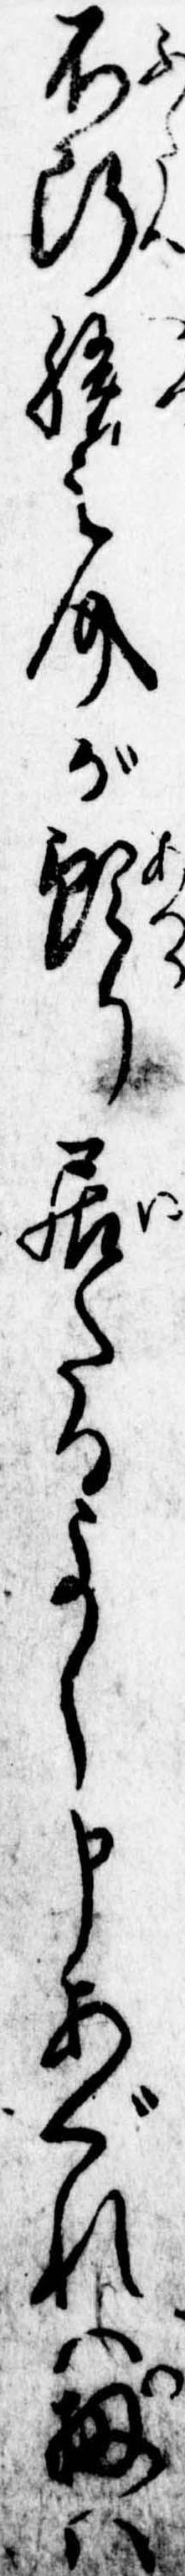
不断勝之介が預り居たるよし申あぐれは扨は